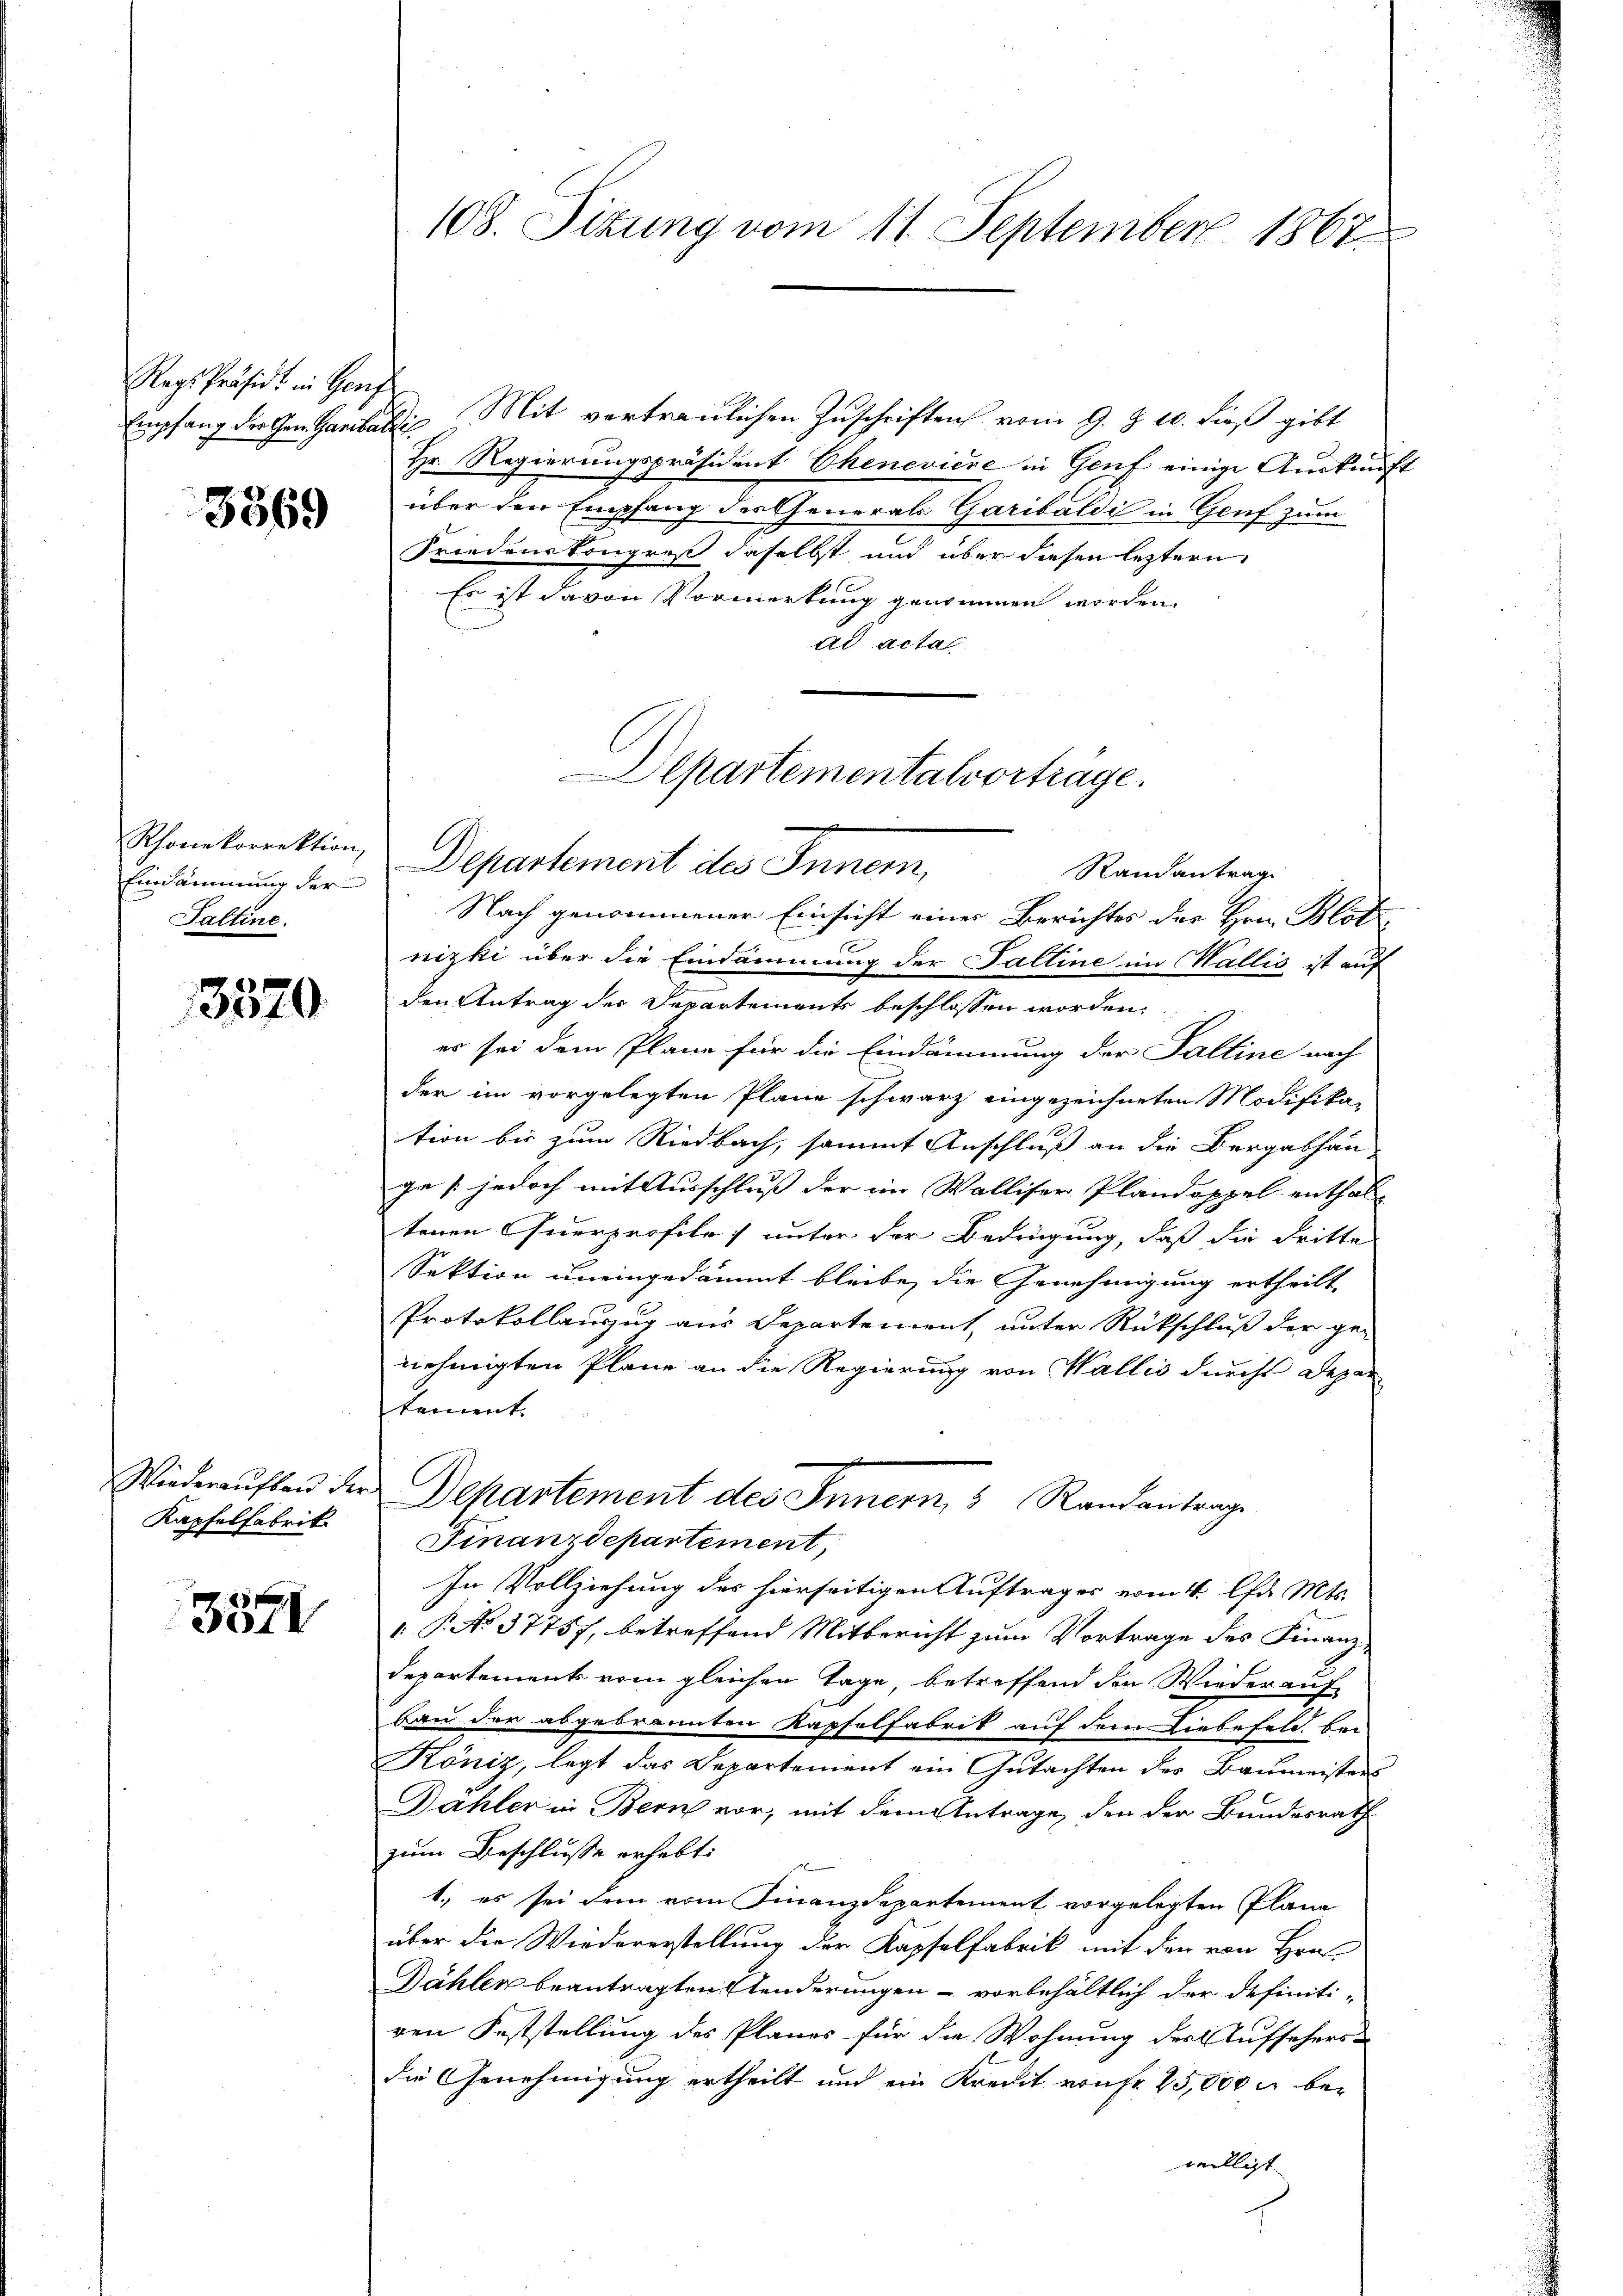
Regs-Präsidi in Genf

3369

Einsammung der
Taltine.

3370

Wiederaufbau der
Kapfelfabrik

3371

108. Sizung vom 11. September 1867

Empfang der Gem Sanitatis Mit vertraulichen Zuschriften vom 9. Z. 10. dieß gibt
Hr. Regierungspräsident Chenevière in Genf einige Auskunft
über den Empfang des Generals Garibaldi in Genf zum
Friedenskongreß daselbst und über diesen leztern
Es ist davon Vormerkung genommen worden.
ad acta

Departementalvorträge.
Phonkorrektion, Departement des Innern, Randantrag

Nach genommener Einsicht einer Berichtes des Hrn. Blotz
nizki über die Eindammung der Falline im Wallis ist auf
den Antrag der Departements beschlossen worden.
es sei dem Plane für die Eindämmung der Palline nach
der im vorgelegten Plane schwarz eingezeichneten Modifika-
tion bis zum Riedbach, sammt Anschluß an die Bergabhau-
ge (jedoch mit Ausschluß der im Walliser Plandoppel enthal-
tenen Querprofile) unter der Bedingung, daß die dritte
Sektion uneingedämmt bleibe, die Genehmigung ertheilt,
Protokollauszug aus Departement, unter Rückschluß der genehmigten Plane an die Regierung von Wallis durcht Depar
tement.
Departement des Innern, 5 Randantrage
Finanzdepartement,
In Vollziehung des hierseitigen Auftrages vom 4. Chr. Mts.
P No 37757, betreffend Mitbericht zum Vortrage des Finanz-
Departements vom gleichen Tage betreffend den Wiederauf
bau der abgebrannten Kapfelfabrik auf dem Liebefeld, bei
König, legt das Departement ein Gutachten des Baumeisters
Dahler in Bern vor, mit dem Antrage, den der Bundesrath
zum Beschlusse erhebt:
1.) es sei dem vom Finanzdepartement vorgelegten Plane
über die Wiedererstellung der Kapselfabrik mit den von Hrn.
Dähler beantragten Tenderungen - vorbehältlich der definitiren Feststellung des Planes für die Wohnung der Aufsehersdie Genehmigung ertheilt und ein Kreut von Fr. 25,000 M bewilligt.